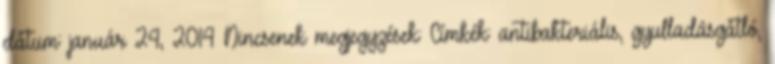
dátum: január 24, 2014 Nincsenek megjegyzések: Címkék: antibakteriális, gyulladásgátló,